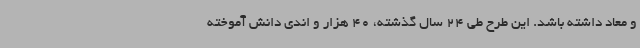
و معاد داشته باشد. این طرح طی 24 سال گذشته، 40 هزار و اندی دانش آموخته